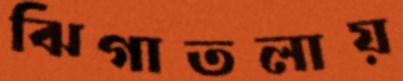
ঝিগাতলায়